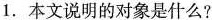
1.本文说明的对象是什么?